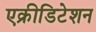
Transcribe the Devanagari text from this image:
एक्रीडिटेशन